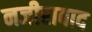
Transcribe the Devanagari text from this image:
नजीराबाद